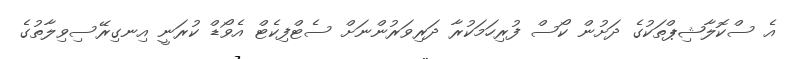
އެ ސްކޮލާޝިޕްތަކުގެ ދަށުން ކޯސް ފުރިހަމަކުރާ ދަރިވަރުންނަށް ސެޓްފިކެޓް އެވޯޑް ކުރަނީ އިނގިރޭސިވިލާތުގެ